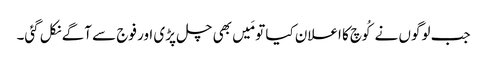
جب لوگوں نے کُوچ کا اعلان کیا تو مَیں بھی چل پڑی اور فوج سے آگے نکل گئی۔